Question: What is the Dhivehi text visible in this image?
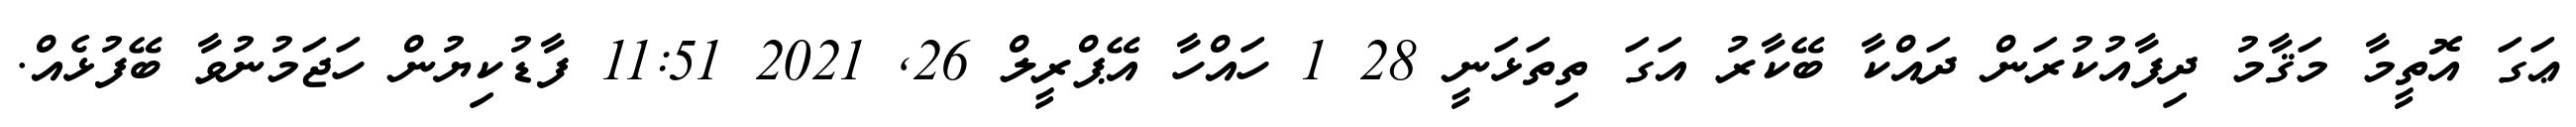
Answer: ޢަގަ އޮތީމާ މަޤާމު ދިފާއުކުރަން ދައްކާ ބޭކާރު އަގަ ތިތަޅަނީ 28 1 ހައްހާ އޭޕްރީލް 26, 2021 11:51 ފާޑުކިޔުން ހަޖަމުނުވާ ބޭފުޅެއް.